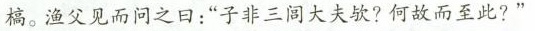
槁。渔父见而问之日：”子非三闾大夫欤?何故而至此?”